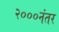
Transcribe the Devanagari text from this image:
२०००नंतर